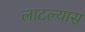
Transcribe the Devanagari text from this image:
लाटल्यास